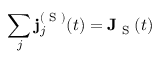
\sum _ { j } \mathbf { j } _ { j } ^ { ( \textrm { S } ) } ( t ) = \mathbf { J } _ { \textrm { S } } ( t )